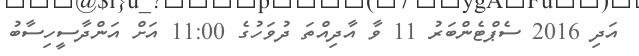
އަދި 2016 ސެޕްޓެންބަރު 11 ވާ އާދިއްތަ ދުވަހުގެ 11:00 އަށް އަންދާސީހިސާބު